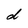
Character: d